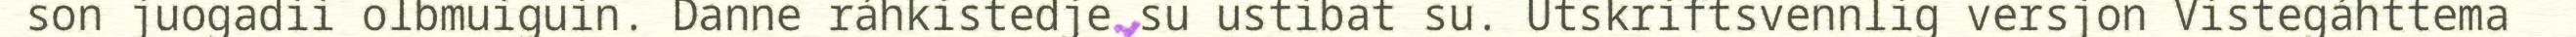
son juogadii olbmuiguin. Danne ráhkistedje su ustibat su. Utskriftsvennlig versjon Vistegáhttema